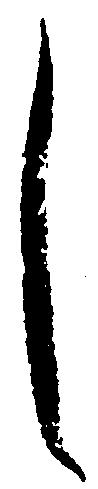
し